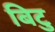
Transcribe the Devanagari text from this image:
बिटु